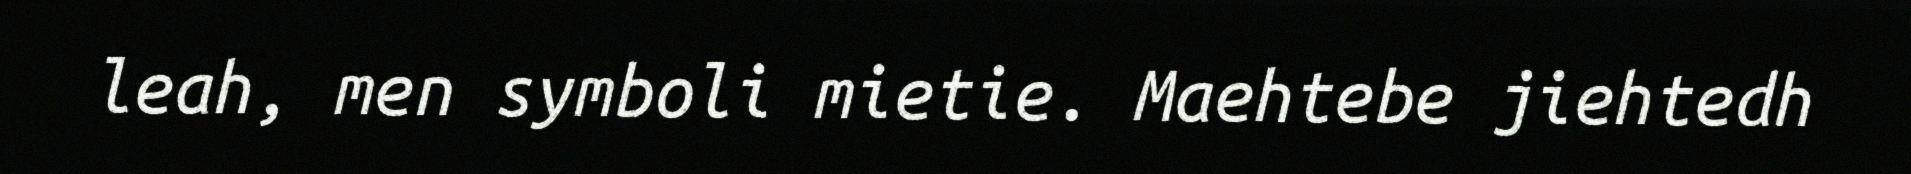
leah, men symboli mietie. Maehtebe jiehtedh